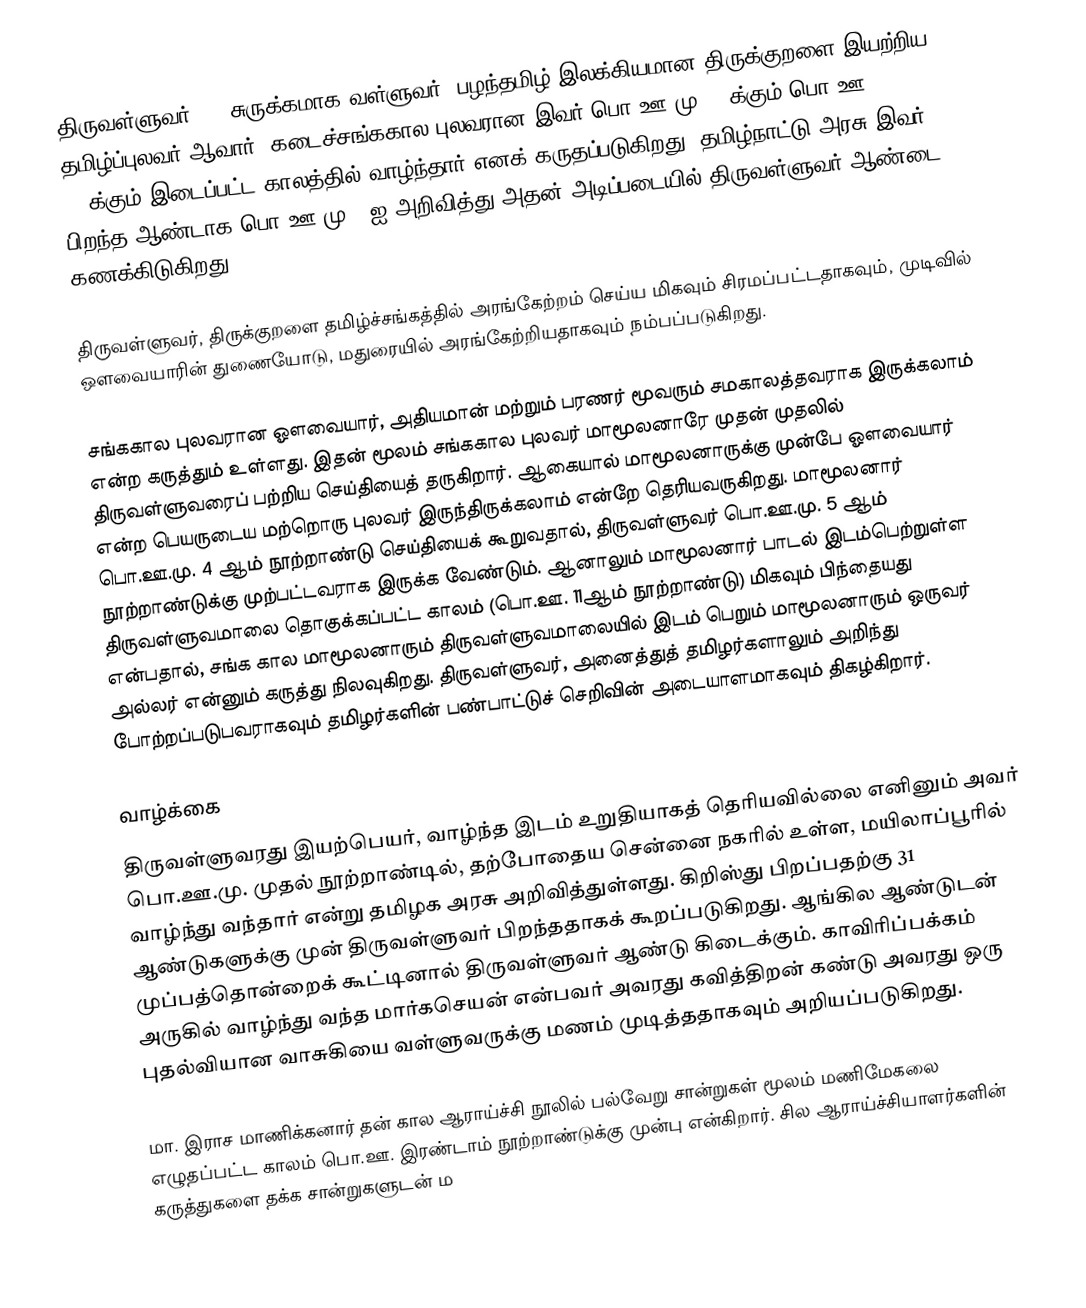
திருவள்ளுவர் () (சுருக்கமாக வள்ளுவர்) பழந்தமிழ் இலக்கியமான திருக்குறளை இயற்றிய தமிழ்ப்புலவர் ஆவார். கடைச்சங்ககால புலவரான இவர் பொ.ஊ.மு 400க்கும் பொ.ஊ. 100க்கும் இடைப்பட்ட காலத்தில் வாழ்ந்தார் எனக் கருதப்படுகிறது. தமிழ்நாட்டு அரசு இவர் பிறந்த ஆண்டாக பொ.ஊ.மு 31ஐ அறிவித்து அதன் அடிப்படையில் திருவள்ளுவர் ஆண்டை கணக்கிடுகிறது.

திருவள்ளுவர், திருக்குறளை தமிழ்ச்சங்கத்தில் அரங்கேற்றம் செய்ய மிகவும் சிரமப்பட்டதாகவும், முடிவில் ஒளவையாரின் துணையோடு, மதுரையில் அரங்கேற்றியதாகவும் நம்பப்படுகிறது.

சங்ககால புலவரான ஔவையார், அதியமான் மற்றும் பரணர் மூவரும் சமகாலத்தவராக இருக்கலாம் என்ற கருத்தும் உள்ளது. இதன் மூலம் சங்ககால புலவர் மாமூலனாரே முதன் முதலில் திருவள்ளுவரைப் பற்றிய செய்தியைத் தருகிறார். ஆகையால் மாமூலனாருக்கு முன்பே ஔவையார் என்ற பெயருடைய மற்றொரு புலவர் இருந்திருக்கலாம் என்றே தெரியவருகிறது. மாமூலனார் பொ.ஊ.மு. 4 ஆம் நூற்றாண்டு செய்தியைக் கூறுவதால், திருவள்ளுவர் பொ.ஊ.மு. 5 ஆம் நூற்றாண்டுக்கு முற்பட்டவராக இருக்க வேண்டும். ஆனாலும் மாமூலனார் பாடல் இடம்பெற்றுள்ள திருவள்ளுவமாலை தொகுக்கப்பட்ட காலம் (பொ.ஊ. 11ஆம் நூற்றாண்டு) மிகவும் பிந்தையது என்பதால், சங்க கால மாமூலனாரும் திருவள்ளுவமாலையில் இடம் பெறும் மாமூலனாரும் ஒருவர் அல்லர் என்னும் கருத்து நிலவுகிறது. திருவள்ளுவர், அனைத்துத் தமிழர்களாலும் அறிந்து போற்றப்படுபவராகவும் தமிழர்களின் பண்பாட்டுச் செறிவின் அடையாளமாகவும் திகழ்கிறார்.

வாழ்க்கை
திருவள்ளுவரது இயற்பெயர், வாழ்ந்த இடம் உறுதியாகத் தெரியவில்லை எனினும் அவர் பொ.ஊ.மு. முதல் நூற்றாண்டில், தற்போதைய சென்னை நகரில் உள்ள, மயிலாப்பூரில் வாழ்ந்து வந்தார் என்று  தமிழக அரசு அறிவித்துள்ளது. கிறிஸ்து பிறப்பதற்கு 31 ஆண்டுகளுக்கு முன் திருவள்ளுவர் பிறந்ததாகக் கூறப்படுகிறது. ஆங்கில ஆண்டுடன் முப்பத்தொன்றைக் கூட்டினால் திருவள்ளுவர் ஆண்டு கிடைக்கும்.  காவிரிப்பக்கம் அருகில் வாழ்ந்து வந்த மார்கசெயன் என்பவர் அவரது கவித்திறன் கண்டு அவரது ஒரு புதல்வியான வாசுகியை வள்ளுவருக்கு மணம் முடித்ததாகவும் அறியப்படுகிறது.

மா. இராச மாணிக்கனார் தன் கால ஆராய்ச்சி நூலில் பல்வேறு சான்றுகள் மூலம் மணிமேகலை எழுதப்பட்ட காலம் பொ.ஊ. இரண்டாம் நூற்றாண்டுக்கு முன்பு என்கிறார். சில ஆராய்ச்சியாளர்களின் கருத்துகளை தக்க சான்றுகளுடன் ம